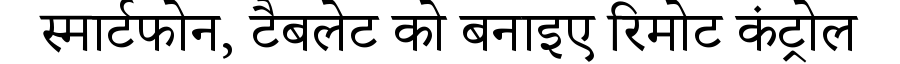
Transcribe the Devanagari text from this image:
स्मार्टफोन, टैबलेट को बनाइए रिमोट कंट्रोल